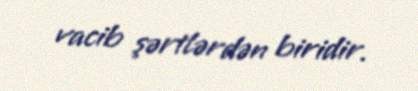
vacib şərtlərdən biridir.